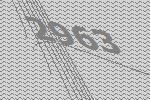
2963